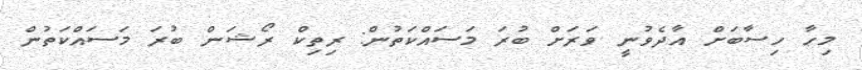
މިހާ ހިސާބަށް އާދެވުނީ ވަރަށް ބުރަ މަސައްކަތުން: ރިތިކް ރޯޝަން ބުރަ މަސައްކަތުން